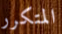
المتكرر